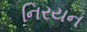
નિરયન